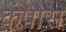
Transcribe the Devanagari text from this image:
कंपोस